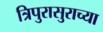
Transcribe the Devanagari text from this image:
त्रिपुरासुराच्या